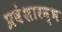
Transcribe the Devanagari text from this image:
प्रवेशारम्भ